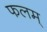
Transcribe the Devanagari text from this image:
फलम्